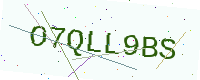
Text: O7QLL9BS